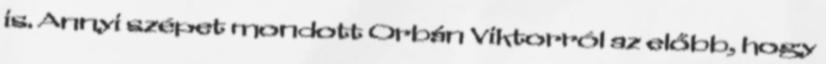
is. Annyi szépet mondott Orbán Viktorról az előbb, hogy